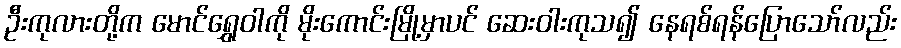
ဦးကုလားတို့က မောင်ရွှေဝါကို မိုးကောင်းမြို့မှာပင် ဆေးဝါးကုသ၍ နေရစ်ရန်ပြောသော်လည်း